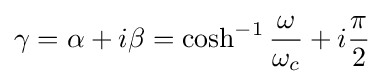
\gamma =\alpha +i\beta =\cosh ^{-1}{\frac {\omega }{\omega _{c}}}+i{\frac {\pi }{2}}